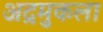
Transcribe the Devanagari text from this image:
अद्रमुकला